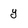
Character: y